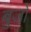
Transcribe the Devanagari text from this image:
बुजों